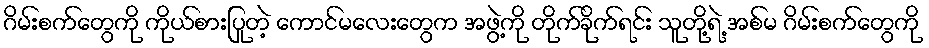
ဂိမ်းစက်တွေကို ကိုယ်စားပြုတဲ့ ကောင်မလေးတွေက အဖွဲ့ကို တိုက်ခိုက်ရင်း သူတို့ရဲ့ အစ်မ ဂိမ်းစက်တွေကို